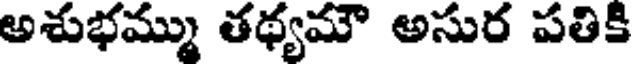
అశుభమ్ము తథ్యమౌ అసుర పతికి